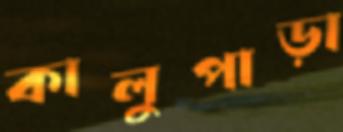
কালুপাড়া